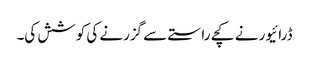
ڈرائیور نے کچے راستے سے گزرنے کی کوشش کی۔